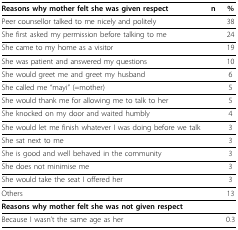
<table><thead><tr><td><b>Reasons why mother felt she was given respect</b></td><td><b>n</b></td><td><b>%</b></td></tr></thead><tbody><tr><td>Peer counsellor talked to me nicely and politely</td><td>[EMPTY_CELL]</td><td>38</td></tr><tr><td>She first asked my permission before talking to me</td><td>[EMPTY_CELL]</td><td>24</td></tr><tr><td>She came to my home as a visitor</td><td>[EMPTY_CELL]</td><td>19</td></tr><tr><td>She was patient and answered my questions</td><td>[EMPTY_CELL]</td><td>10</td></tr><tr><td>She would greet me and greet my husband</td><td>[EMPTY_CELL]</td><td>6</td></tr><tr><td>She called me "mayi" (=mother)</td><td>[EMPTY_CELL]</td><td>5</td></tr><tr><td>She would thank me for allowing me to talk to her</td><td>[EMPTY_CELL]</td><td>5</td></tr><tr><td>She knocked on my door and waited humbly</td><td>[EMPTY_CELL]</td><td>4</td></tr><tr><td>She would let me finish whatever I was doing before we talk</td><td>[EMPTY_CELL]</td><td>3</td></tr><tr><td>She sat next to me</td><td>[EMPTY_CELL]</td><td>3</td></tr><tr><td>She is good and well behaved in the community</td><td>[EMPTY_CELL]</td><td>3</td></tr><tr><td>She does not minimise me</td><td>[EMPTY_CELL]</td><td>3</td></tr><tr><td>She would take the seat I offered her</td><td>[EMPTY_CELL]</td><td>3</td></tr><tr><td>Others</td><td>[EMPTY_CELL]</td><td>13</td></tr><tr><td><b>Reasons why mother felt she was not given respect</b></td><td>[EMPTY_CELL]</td><td>[EMPTY_CELL]</td></tr><tr><td>Because I wasn't the same age as her</td><td>[EMPTY_CELL]</td><td>0.3</td></tr></tbody></table>